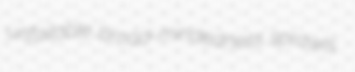
unfailable broad-mindedness sprawls